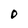
Character: 0